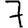
Digit: 7